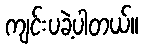
ကျင်းပခဲ့ပါတယ်။